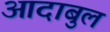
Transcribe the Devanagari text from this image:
आदाबुल